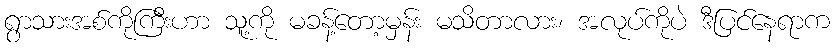
ရွာသားအစ်ကိုကြီးဟာ သူ့ကို မခန့်တော့မှန်း မသိတာလား၊ အလုပ်ကိုပဲ ဒီပြင်နေရာက